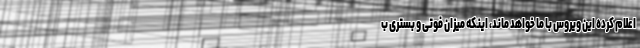
اعلام کرده این ویروس با ما خواهد ماند، اینکه میزان فوتی و بستری ب